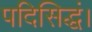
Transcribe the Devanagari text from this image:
पदिसिद्धं।